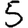
Digit: 5